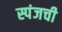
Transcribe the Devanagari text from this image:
स्पंजची